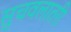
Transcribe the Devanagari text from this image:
सुचवलातरी